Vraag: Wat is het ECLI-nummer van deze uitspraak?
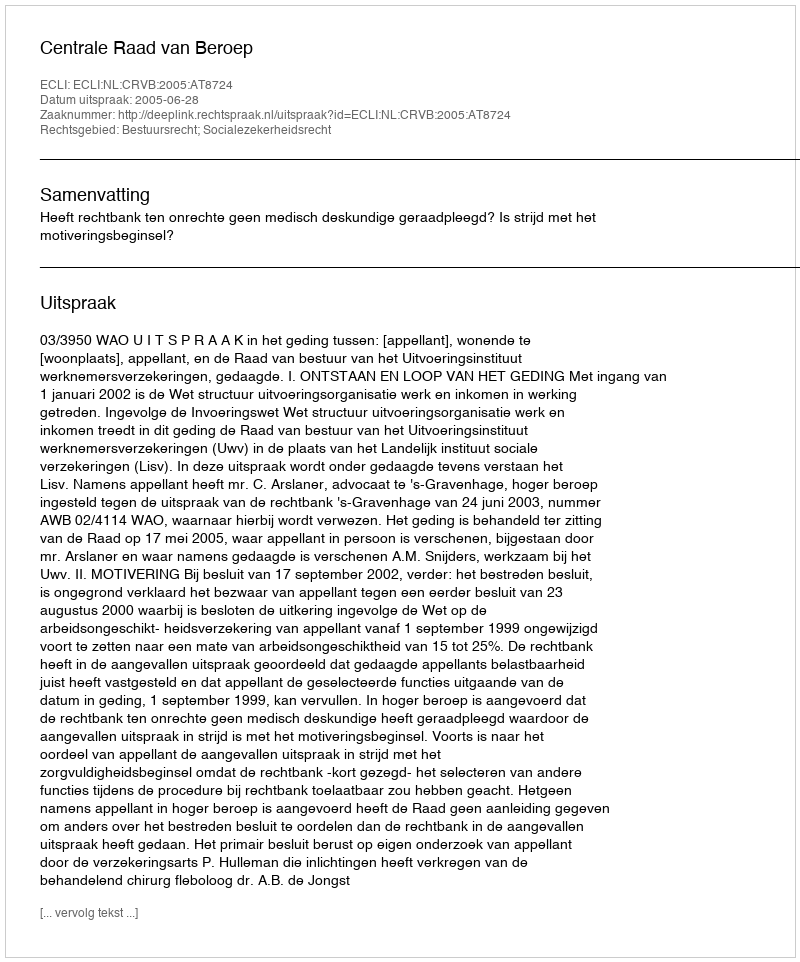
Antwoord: ECLI:NL:CRVB:2005:AT8724